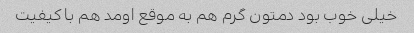
خیلی خوب بود دمتون گرم هم به موقع اومد هم با کیفیت